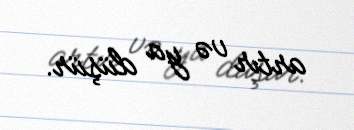
artır və ya düşür.